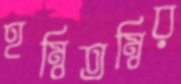
হম্বিতম্বির